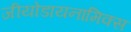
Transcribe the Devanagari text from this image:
जीयोडायनामिक्‍स